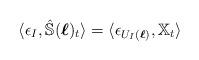
LaTeX: \begin{align*}\langle\epsilon_{I},\hat{\mathbb{S}}(\boldsymbol{\ell})_t\rangle=\langle \epsilon_{U_I(\boldsymbol{\ell})},\mathbb{X}_t\rangle\end{align*}